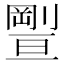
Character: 𠠊